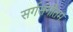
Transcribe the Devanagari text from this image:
सर्गसंगीतम